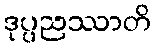
ဒုပ္ပညဿာတိ